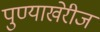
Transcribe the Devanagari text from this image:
पुण्याखेरीज